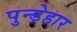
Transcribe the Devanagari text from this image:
पुन्ड़ेहार